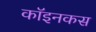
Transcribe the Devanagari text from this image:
कॉइनकस